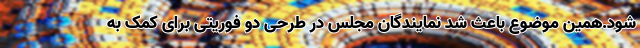
شود.همین موضوع باعث شد نمایندگان مجلس در طرحی دو فوریتی برای کمک به